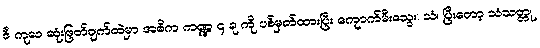
ဒီ ကုလ ဆုံးဖြတ်ချက်ထဲမှာ အဓိက ကဏ္ဍ ၄ ခု ကို ပစ်မှတ်ထားပြီး ကျောက်မီးသွေး၊ သံ၊ ပြီးတော့ သံသတ္တု